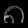
Digit: ၈